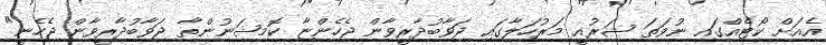
އެއަށް ކޯޓެއްގައި ނުވަތަ ޝަރުއީ މަރުހަލާގައި ޖަވާބުދާރީވާން ޖެހެންޏާ ކޮމިޝަނުންތާ ޖަވާބުދާރީވާން ޖެހެނީ"